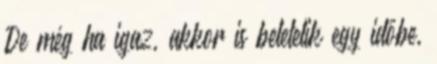
De még ha igaz, akkor is beletelik egy időbe,